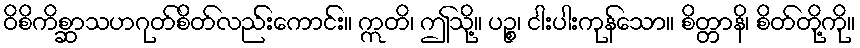
ဝိစိကိစ္ဆာသဟဂုတ်စိတ်လည်းကောင်း။ ဣတိ၊ ဤသို့။ ပဉ္စ၊ ငါးပါးကုန်သော။ စိတ္တာနိ၊ စိတ်တို့ကို။